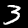
Digit: 3